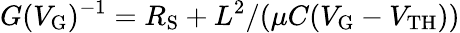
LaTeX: G(V_{\mathrm G})^{-1}=R_{\mathrm S}+L^{2}/(\mu C(V_{\mathrm{G}}-V_{\mathrm{TH}}))